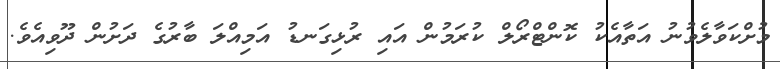
މުށްކަވާލެވުނު އަތާއެކު ކޮންޓްރޯލް ކުރަމުން އައި ރުޅިގަނޑު އަމިއްލަ ބާރުގެ ދަށުން ދޫވިއެވެ.